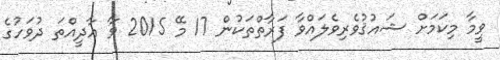
ވީމާ މިކަމަށް ޝައުޤުވެރިވެލައްވާ ފަރާތްތަކުން 17 މޭ 2015 ވާ އާދީއްތަ ދުވަހުގެ